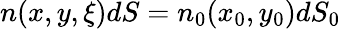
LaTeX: \begin{array}{r}{n(x,y,\xi)dS=n_{0}(x_{0},y_{0})dS_{0}}\end{array}